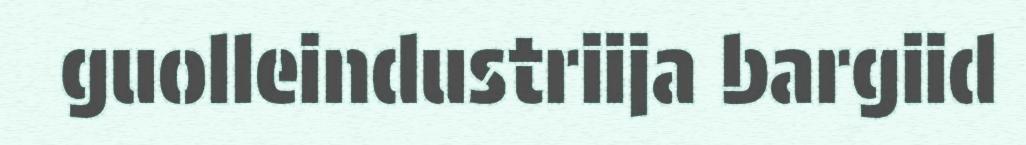
guolleindustriija bargiid